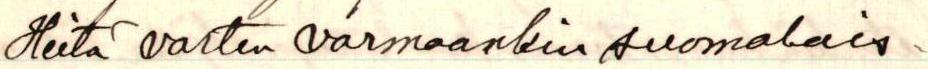
Heitä varten varmaankin suomalais-